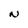
Character: N